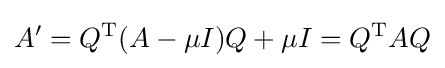
A'=Q^{\mathrm {T} }(A-\mu I)Q+\mu I=Q^{\mathrm {T} }AQ